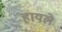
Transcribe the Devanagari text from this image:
हायले